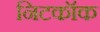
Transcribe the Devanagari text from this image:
निटकॉक